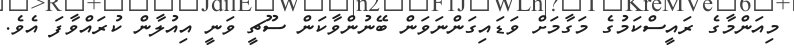
މިއަންމާގެ ރައީސްކަމުގެ މަގާމަށް ވަޑައިގަންނަވަން ބޭނުންވާކަން ސޫޗީ ވަނީ އިއުލާން ކުރައްވާފަ އެވެ.